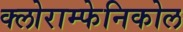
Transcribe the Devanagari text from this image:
क्लोराम्फेनिकोल